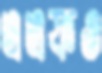
এএফও